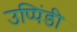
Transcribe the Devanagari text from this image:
उप्पिंडी